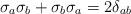
LaTeX: \begin{align*}\sigma_a \sigma_b + \sigma_b \sigma_a = 2 \delta_{ab}\end{align*}